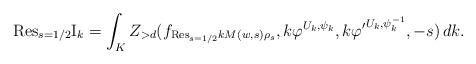
LaTeX: \begin{align*}\mathrm{Res}_{s=1/2}\mathrm{I}_k=\int_{K}Z_{>d}(f_{\mathrm{Res}_{s=1/2}kM(w,s)\rho_s},k\varphi^{U_k,\psi_k},k{\varphi'}^{U_k,\psi_k^{-1}},-s)\, dk.\end{align*}